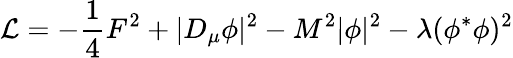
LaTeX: {\cal L}=-{\frac{1}{4}}F^{2}+|D_{\mu}\phi|^{2}-M^{2}|\phi|^{2}-\lambda(\phi^{*}\phi)^{2}